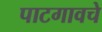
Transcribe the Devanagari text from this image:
पाटगावचे